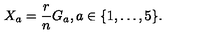
X _ { a } = \frac { r } { n } G _ { a } , a \in \{ 1 , \ldots , 5 \} .